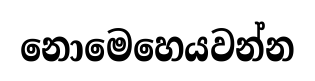
නොමෙහෙයවන්න